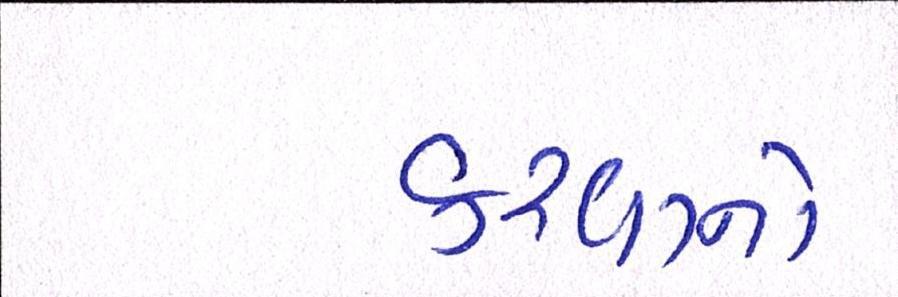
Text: કરવાનો